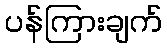
ပန်ကြားချက်